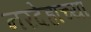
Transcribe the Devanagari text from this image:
नरदेहाच्या